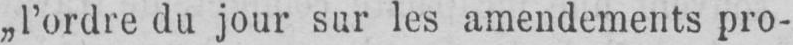
„l’ordre du jour sur les amendements pro-